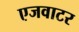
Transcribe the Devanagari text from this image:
एजवाटर